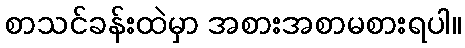
စာသင်ခန်းထဲမှာ အစားအစာမစားရပါ။